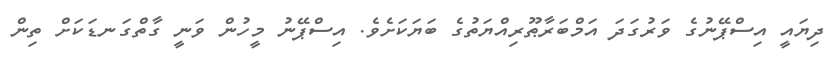
ދިޔައީ އިސްޕޭނުގެ ވަރުގަދަ އަމްބަރާޠޫރިއްޔަތުގެ ބަޔަކަށެވެ. އިސްޕޭނު މީހުން ވަނީ ގާތްގަނޑަކަށް ތިން